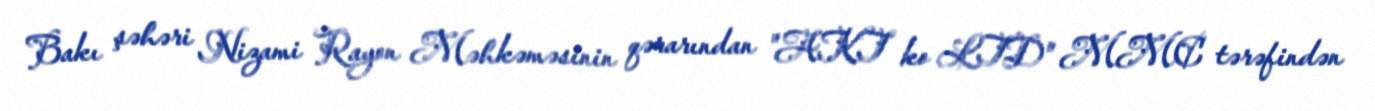
Bakı şəhəri Nizami Rayon Məhkəməsinin qərarından "AKT ko LTD" MMC tərəfindən